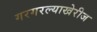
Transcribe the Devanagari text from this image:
गरगरल्याखेरीज